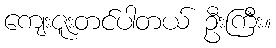
ကျေးဇူးတင်ပါတယ် ဦးကြီး။